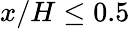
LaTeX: x/H\leq 0.5